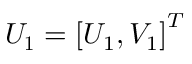
\boldsymbol { U _ { 1 } } = \left[ U _ { 1 } , V _ { 1 } \right] ^ { T }